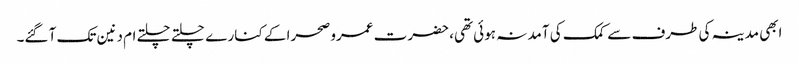
ابھی مدینہ کی طرف سے کمک کی آمد نہ ہوئی تھی، حضرت عمرو صحرا کے کنار ے چلتے چلتے ام دنین تک آ گئے۔